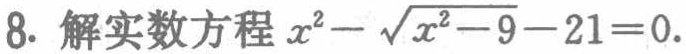
8. 解实数方程 \(x^{2}-\sqrt{x^{2}-9}-21 = 0\).